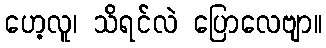
ဟေ့လူ၊ သိရင်လဲ ပြောလေဗျာ။